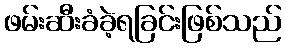
ဖမ်းဆီးခံခဲ့ရခြင်းဖြစ်သည်